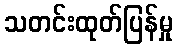
သတင်းထုတ်ပြန်မှု